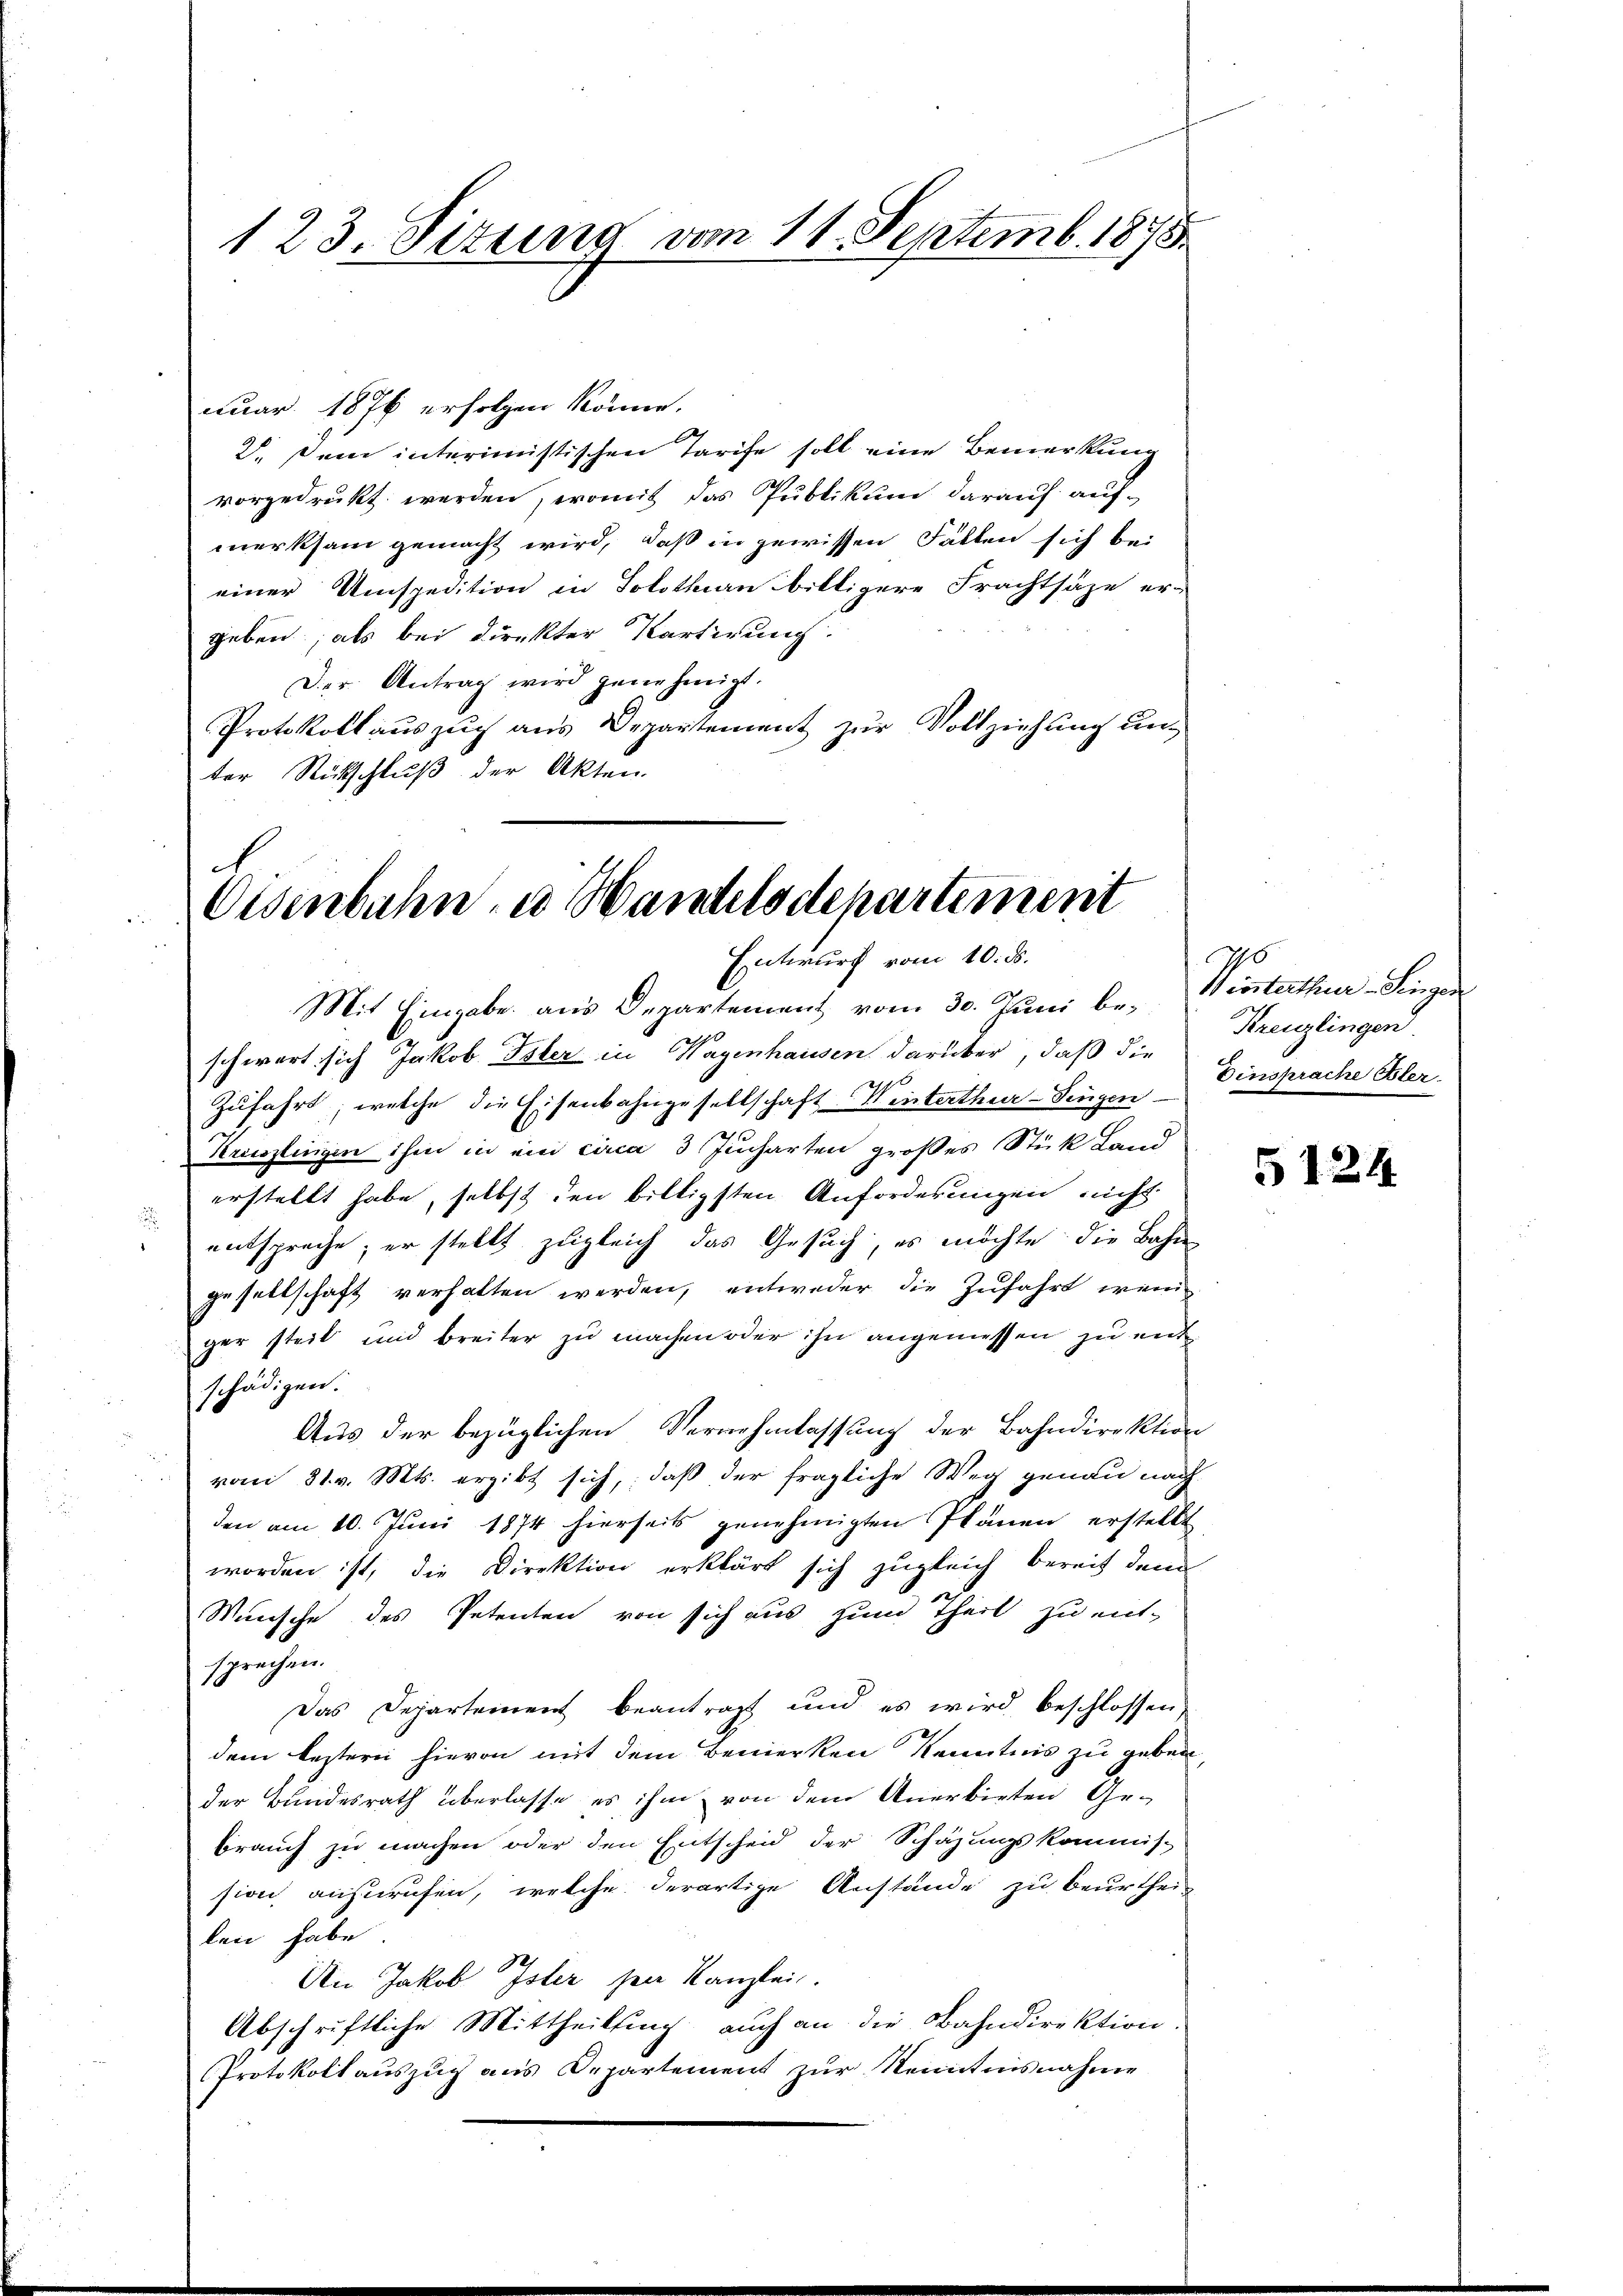
123. Situng vom 11. Septemb. 1875.

nuar 1876 erfolgen könne.
2., Dein interimistischen Tarife soll eine Bemerkung
vorgedrukt werden, womit das Publikum darauf auf-
merksam gemacht wird, daß in gewissen Fällen sich bei
einer Umspedition in Solothurn billigere Frachtsäze er-
geben; als bei direkter Kartigung.
Der Antrag wird genehmigt.
Protokoll auszug aus Departement zur Vollziehung unter Rückschluß der Akten.

Eisenbahn u Handelsdepartement
Entwurf vom 10. ds.

Mit Eingabe aus Departement vom 30. Juni beschwert sich Jakob Isler in Wagenhausen darüber, daß die
Zŭfahrt, welche die Eisenbahngesellschaft Winterthur–Singen
Krenzlingen ihm in ein circa 3 Jucharten großes Stück Land
erstellt habe, selbst den billigsten Anforderungen nicht
 entspreche; er stellt zugleich das Gesuch, es möchte die Bahn
gesellschaft verhalten werden, entweder die Zufahrt wenig
ger steil und breiter zu machen oder ihn angemessen zu entschädigen.
Aus der bezüglichen Vernehmlassung der Bahndirektion
vom 31. v. Mts. ergibt sich, daß der fragliche Weg genau nach
den am 10. Juni 1874 hierseits genehmigten Plänen erstellt
worden ist, die Direktion erklärt sich zugleich bereit dem
Wünsche des Petenten von sich aus zum Theil zu ent-
sprechen.
Das Departement beantragt und es wird beschlossen,
dem leztern hievon mit dem Bemerken Kenntnis zu geben
der Bundesrath überlasse es ihm von dem Anerbieten Ge-
brauch zu machen oder den Entscheid der Schäzungskommis-
sion ausrufen, welche derartige Anstände zu beurthei-
len habe
Un Jakob Isler den Kanzlei.
Abschriftliche Mittheilung auch an die Bahndirektion
Protokollauszug aus Departement zur Kenntnisnahme

Verterther Liegen
Kreuzlingen
Einsprache Bler.

5124.